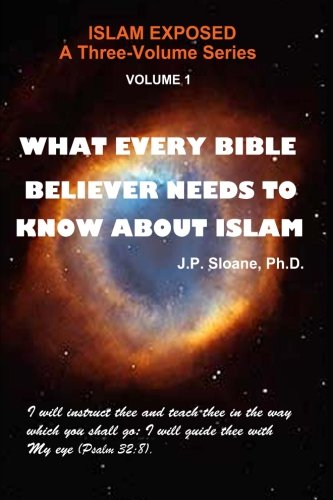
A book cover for VOL 1    What Every Bible Believer Needs to Know About Islam (Islam Exposed) (Volume 1); J. P. Sloane Ph.D.; Religion & Spirituality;